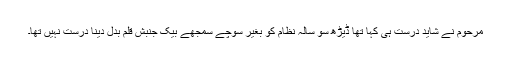
مرحوم نے شاید درست ہی کہا تھا ڈیڑھ سو سالہ نظام کو بغیر سوچے سمجھے بیک جنبش قلم بدل دینا درست نہیں تھا۔